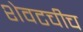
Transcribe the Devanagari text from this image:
शेवटचीच